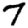
Digit: 7